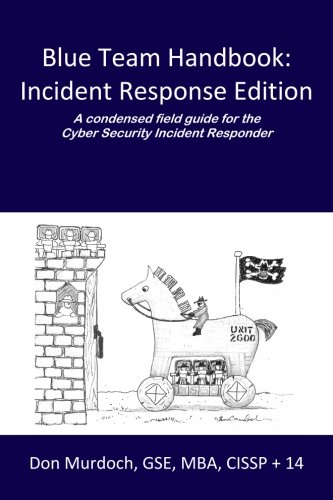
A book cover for Blue Team Handbook: Incident Response Edition: A condensed field guide for the Cyber Security Incident Responder.; Don Murdoch GSE; Computers & Technology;